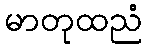
မာတုထညံ